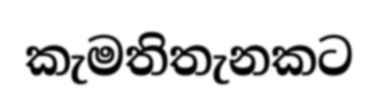
කැමතිතැනකට